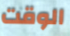
الوقت